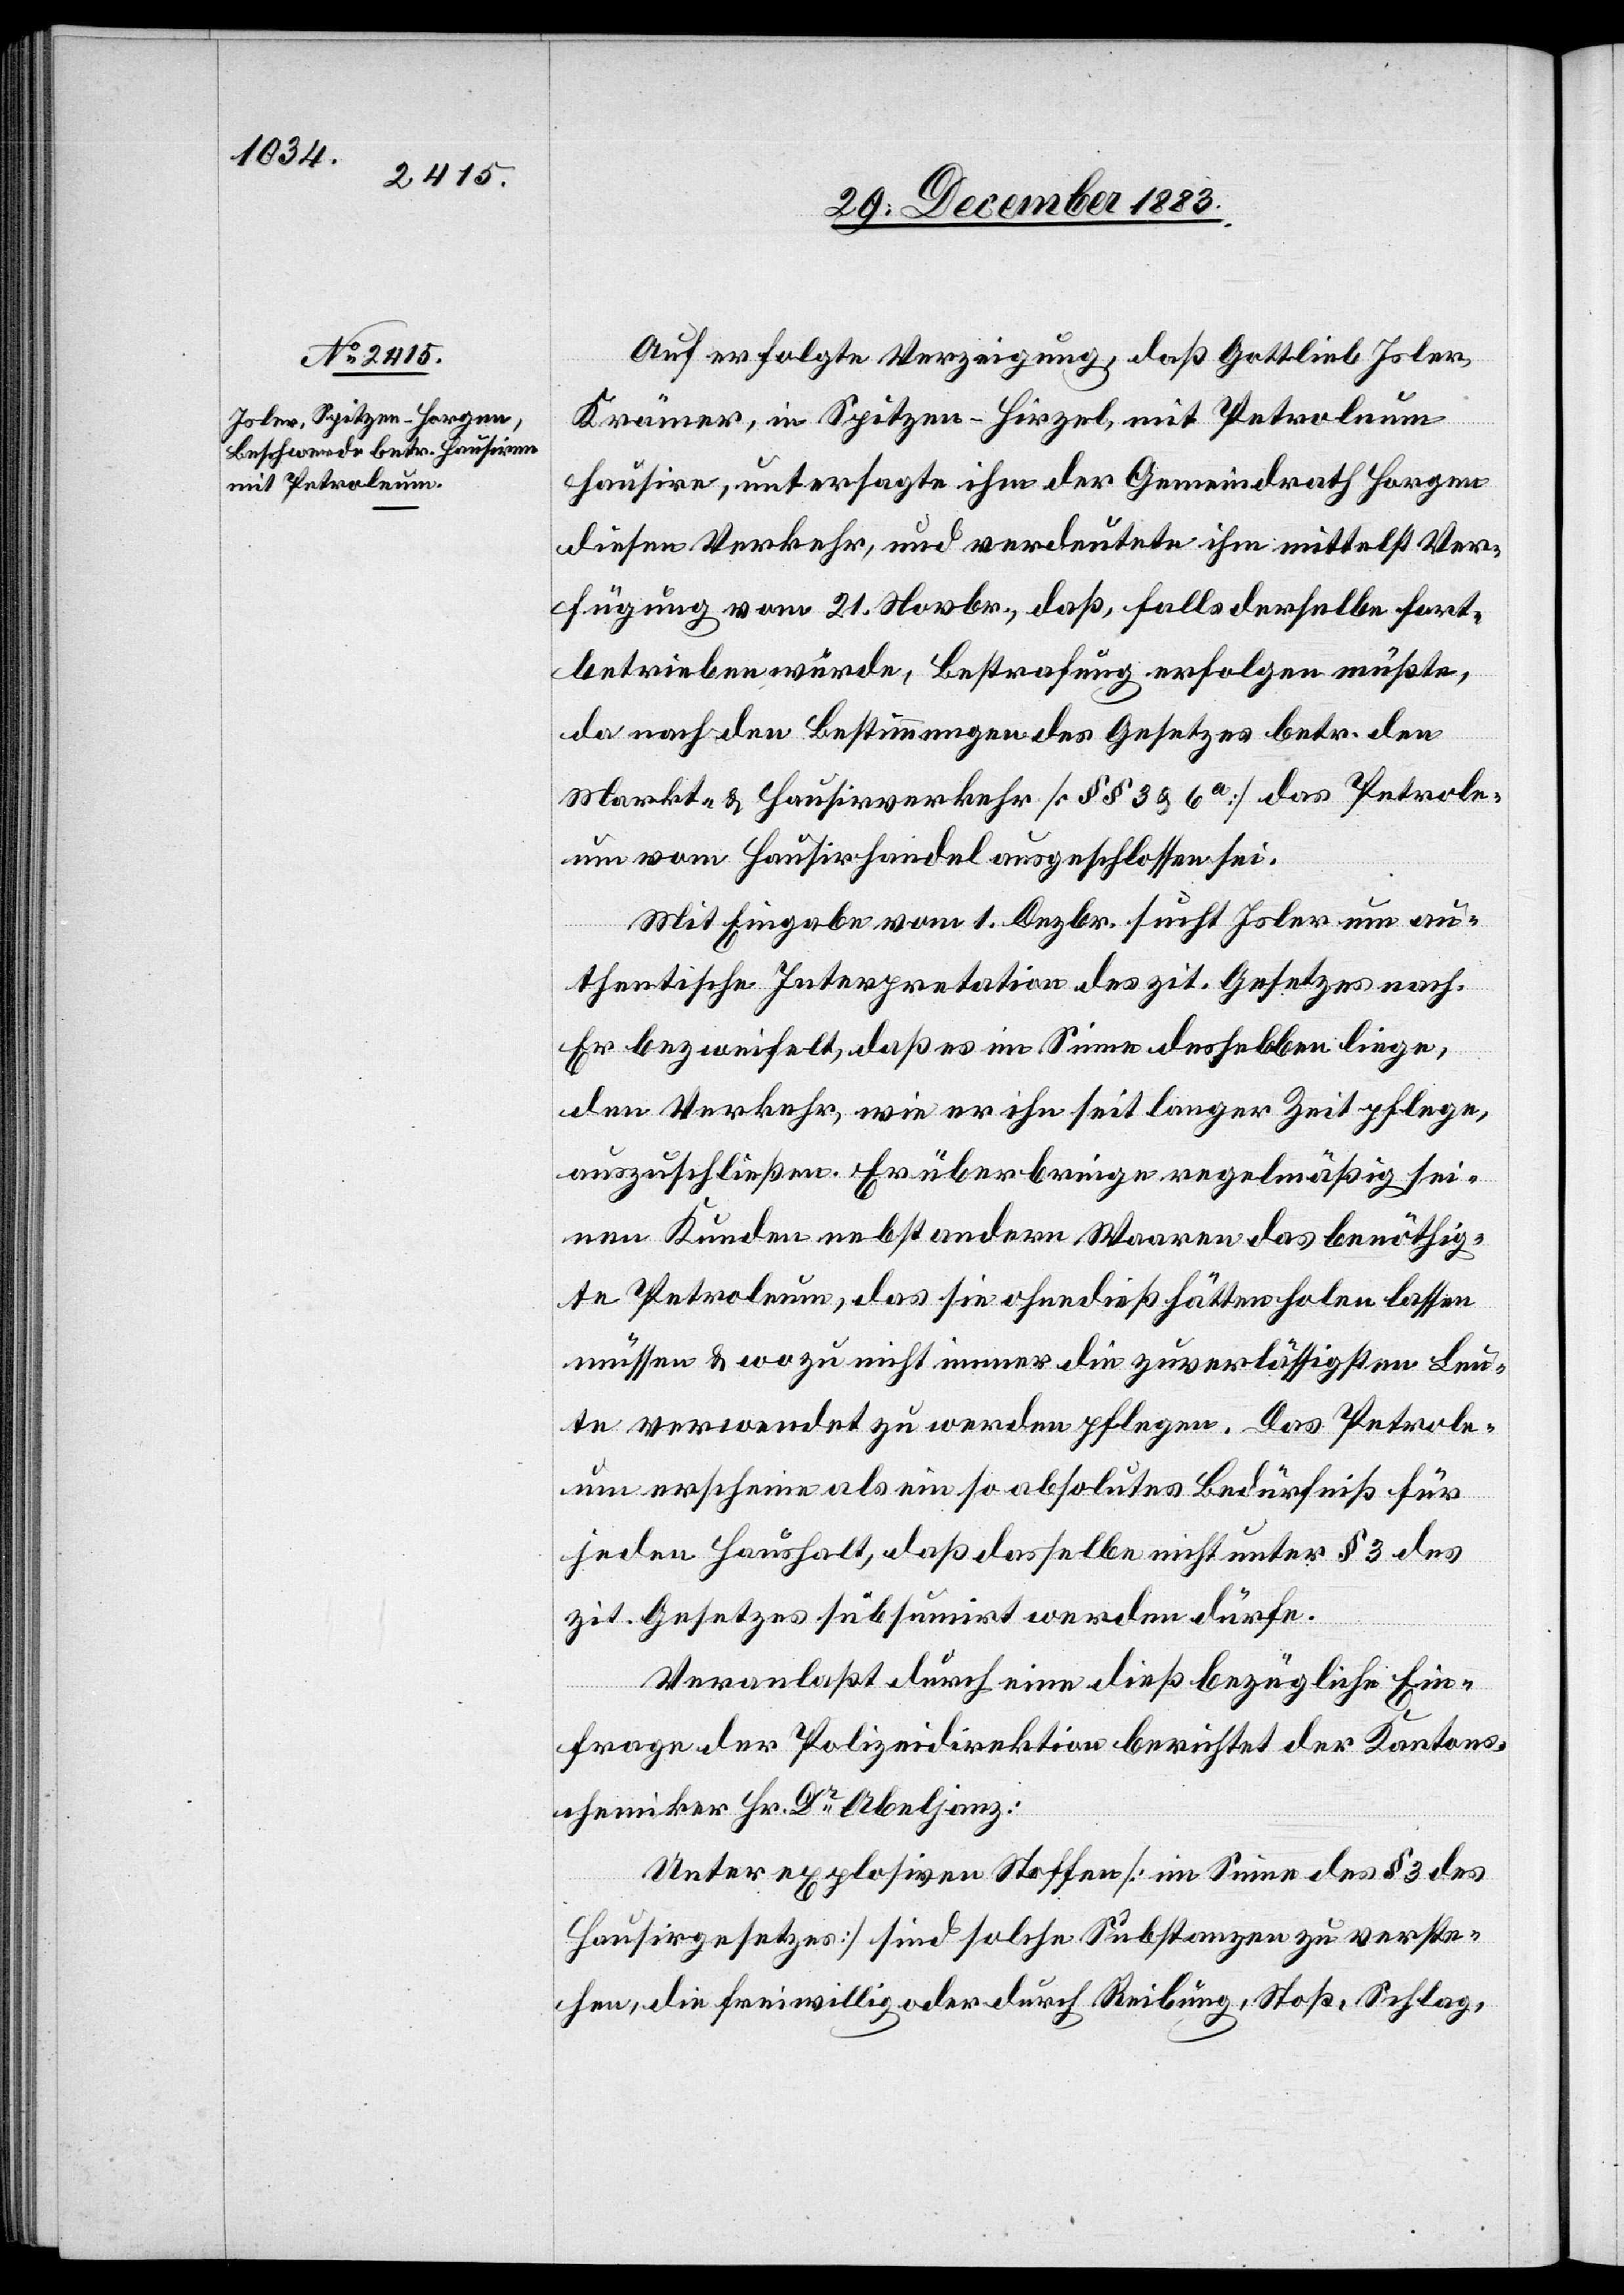
Auf erfolgte Verzeigung, daß Gottlieb Joler,
Krämer, in Spitzen - Hirzel, mit Petroleum
hausire, untersagte ihm der Gemeindrath Horgen
diesen Verkehr, und verdeutete ihm mittelst Ver¬
fügung vom 21. Novbr., daß, falls derselbe fort¬
betrieben würde, Bestrafung erfolgen müßte,
da nach den Bestimmungen des Gesetzes betr. den
Markt- & Hausirverkehr [§§ 3 & 6a] das Petrole¬
um vom Hausirhandel ausgeschlossen sei.
Mit Eingabe vom 1. Dezbr. sucht Joler um au¬
thentische Interpretation des zit. Gesetzes nach.
Er bezweifelt, daß es im Sinne desselben liege,
den Verkehr, wie er ihn seit langer Zeit pflege,
auszuschließen. Er überbringe regelmäßig sei¬
nen Kunden nebst andern Waaren das benöthig¬
te Petroleum, das sie ohnedieß hätten holen lassen
müssen & wozu nicht immer die zuverlässigsten Leu¬
te verwendet zu werden pflegen. Das Petrole¬
um erscheine als ein so absolutes Bedürfniß für
jeden Haushalt, daß dasselbe nicht unter § 3 des
zit. Gesetzes subsumirt werden dürfe.
Veranlaßt durch eine dieß bezügliche Ein¬
frage der Polizeidirektion berichtet der Kantons¬
chemiker Hr. Dr Abeljanz:
Unter explosiven Stoffen [im Sinne des § 3 des
Hausirgesetzes] sind solche Substanzen zu verste¬
hen, die freiwillig oder durch Reibung, Stoß, Schlag,